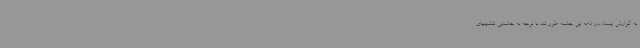
به گزارش ایسنا، در ادامه این جلسه مقرر شد با توجه به جانمایی نقشههای